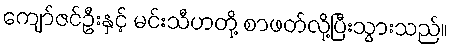
ကျော်ဇင်ဦးနှင့် မင်းသီဟတို့ စာဖတ်လို့ပြီးသွားသည်။